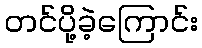
တင်ပို့ခဲ့ကြောင်း